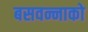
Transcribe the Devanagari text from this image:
बसवन्नाको